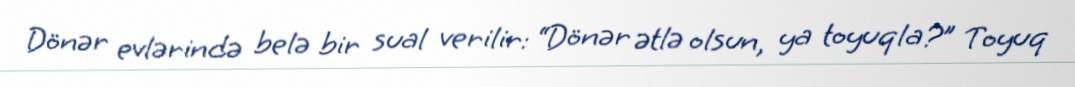
Dönər evlərində belə bir sual verilir: “Dönər ətlə olsun, ya toyuqla?” Toyuq